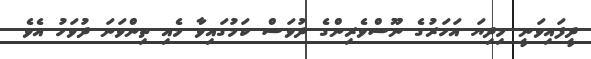
ދީފައިވަނީ މިދިޔަ އަހަރުގެ ނޫސްވެރިންގެ ދުވަސް ކަމުގައިވާ މެއި ތިންވަނަ ދުވަހު އެވެ.